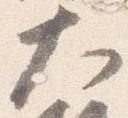
大